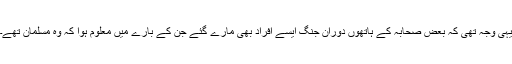
یہی وجہ تھی کہ بعض صحابہؓ کے ہاتھوں دوران جنگ ایسے افراد بھی مارے گئے جن کے بارے میں معلوم ہوا کہ وہ مسلمان تھے۔